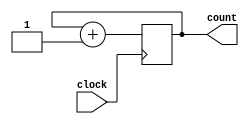
module twobitcounter(input clock,output reg [1:0]count);
initial begin
  count = 0;
  end
always @(posedge clock) begin
        count <= count + 1;
        end
endmodule